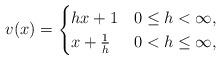
LaTeX: \begin{align*}v(x)=\begin{cases}hx+1&0\leq h<\infty, \\x+\frac{1}{h}&0<h\leq\infty, \end{cases}\end{align*}